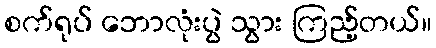
စက်ရုပ် ဘောလုံးပွဲ သွား ကြည့်တယ်။